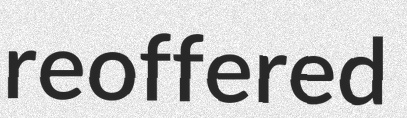
reoffered